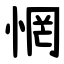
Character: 惘